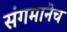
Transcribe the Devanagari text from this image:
संगमानेच